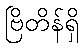
ဗြိတိန်ရှိ